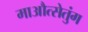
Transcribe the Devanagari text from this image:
माऔत्सेतुंग